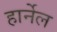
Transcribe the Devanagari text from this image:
हार्नेल